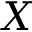
X